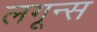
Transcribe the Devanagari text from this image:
लगून्स